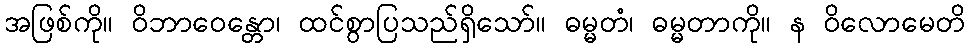
အဖြစ်ကို။ ဝိဘာဝေန္တော၊ ထင်စွာပြသည်ရှိသော်။ ဓမ္မတံ၊ ဓမ္မတာကို။ န ဝိလောမေတိ